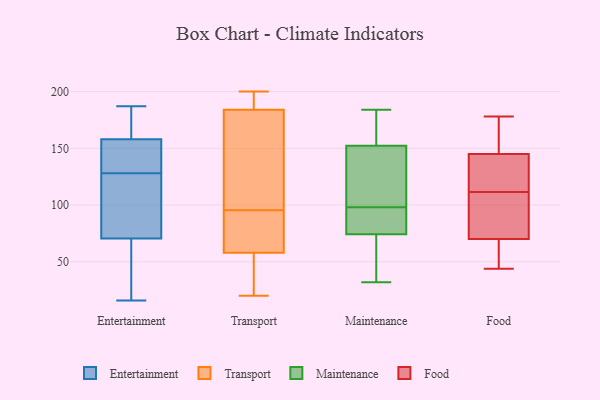
{"axis": {"x": "Customer Acquisition Cost (USD)", "y": "Value"}, "legend": ["Entertainment", "Food", "Maintenance", "Transport"], "data": [{"x": "", "y": 187, "type": "Entertainment"}, {"x": "", "y": 164, "type": "Entertainment"}, {"x": "", "y": 155, "type": "Entertainment"}, {"x": "", "y": 111, "type": "Entertainment"}, {"x": "", "y": 87, "type": "Entertainment"}, {"x": "", "y": 152, "type": "Entertainment"}, {"x": "", "y": 65, "type": "Entertainment"}, {"x": "", "y": 172, "type": "Entertainment"}, {"x": "", "y": 60, "type": "Entertainment"}, {"x": "", "y": 35, "type": "Entertainment"}, {"x": "", "y": 128, "type": "Entertainment"}, {"x": "", "y": 128, "type": "Entertainment"}, {"x": "", "y": 158, "type": "Entertainment"}, {"x": "", "y": 121, "type": "Entertainment"}, {"x": "", "y": 65, "type": "Entertainment"}, {"x": "", "y": 16, "type": "Entertainment"}, {"x": "", "y": 139, "type": "Entertainment"}, {"x": "", "y": 181, "type": "Entertainment"}, {"x": "", "y": 158, "type": "Entertainment"}, {"x": "", "y": 66, "type": "Transport"}, {"x": "", "y": 107, "type": "Transport"}, {"x": "", "y": 20, "type": "Transport"}, {"x": "", "y": 58, "type": "Transport"}, {"x": "", "y": 200, "type": "Transport"}, {"x": "", "y": 195, "type": "Transport"}, {"x": "", "y": 110, "type": "Transport"}, {"x": "", "y": 34, "type": "Transport"}, {"x": "", "y": 184, "type": "Transport"}, {"x": "", "y": 84, "type": "Transport"}, {"x": "", "y": 99, "type": "Maintenance"}, {"x": "", "y": 132, "type": "Maintenance"}, {"x": "", "y": 78, "type": "Maintenance"}, {"x": "", "y": 159, "type": "Maintenance"}, {"x": "", "y": 98, "type": "Maintenance"}, {"x": "", "y": 32, "type": "Maintenance"}, {"x": "", "y": 181, "type": "Maintenance"}, {"x": "", "y": 73, "type": "Maintenance"}, {"x": "", "y": 97, "type": "Maintenance"}, {"x": "", "y": 184, "type": "Maintenance"}, {"x": "", "y": 36, "type": "Maintenance"}, {"x": "", "y": 145, "type": "Food"}, {"x": "", "y": 70, "type": "Food"}, {"x": "", "y": 98, "type": "Food"}, {"x": "", "y": 127, "type": "Food"}, {"x": "", "y": 132, "type": "Food"}, {"x": "", "y": 178, "type": "Food"}, {"x": "", "y": 162, "type": "Food"}, {"x": "", "y": 49, "type": "Food"}, {"x": "", "y": 98, "type": "Food"}, {"x": "", "y": 44, "type": "Food"}, {"x": "", "y": 47, "type": "Food"}, {"x": "", "y": 157, "type": "Food"}, {"x": "", "y": 125, "type": "Food"}, {"x": "", "y": 76, "type": "Food"}]}